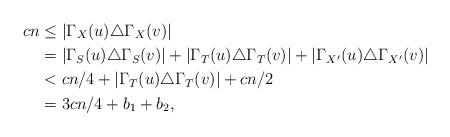
LaTeX: \begin{align*}cn &\le |\Gamma_{X}(u)\triangle \Gamma_{X}(v)|\\&=|\Gamma_{S}(u)\triangle \Gamma_{S}(v)|+|\Gamma_{T}(u)\triangle \Gamma_{T}(v)|+|\Gamma_{X'}(u)\triangle \Gamma_{X'}(v)|\\&<cn/4+|\Gamma_{T}(u)\triangle \Gamma_{T}(v)|+cn/2\\&=3cn/4+b_1+b_2,\end{align*}